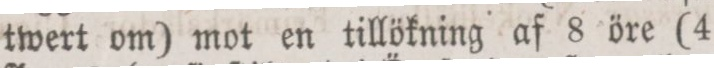
twert om) mot en tillökning af 8 öre (4